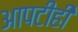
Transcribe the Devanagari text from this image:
आपटीही